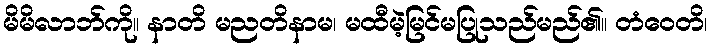
မိမိလာဘ်ကို။ နာတိ မညတိနာမ၊ မထီမဲ့မြင်မပြုသည်မည်၏။ တံဝေတိ၊